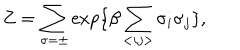
Z = \sum _ { \sigma = \pm } \exp \{ \beta \sum _ { < i j > } \sigma _ { i } \sigma _ { j } \} ,